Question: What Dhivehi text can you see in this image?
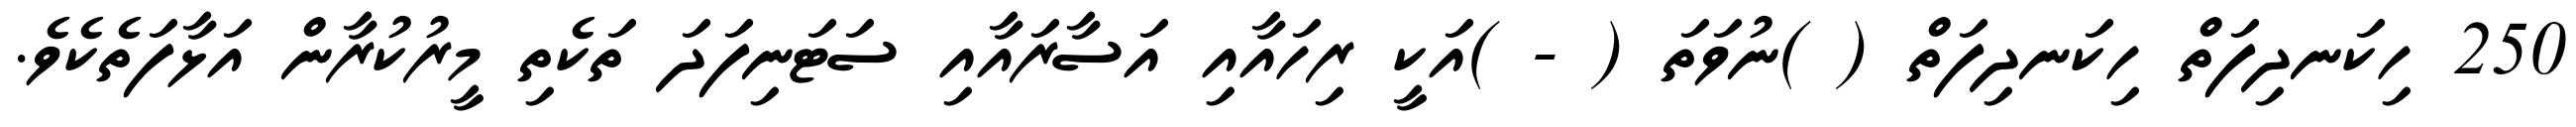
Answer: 250 ހިކަނދިފަތް ހިކަނދިފަތް ( )ނުވަތަ ( - )އަކީ ރިހައާއި އަސާރައާއި ސަޓަނިފަދަ ތަކެތި މީރުކުރާން އަޅާފަތެކެވެ.